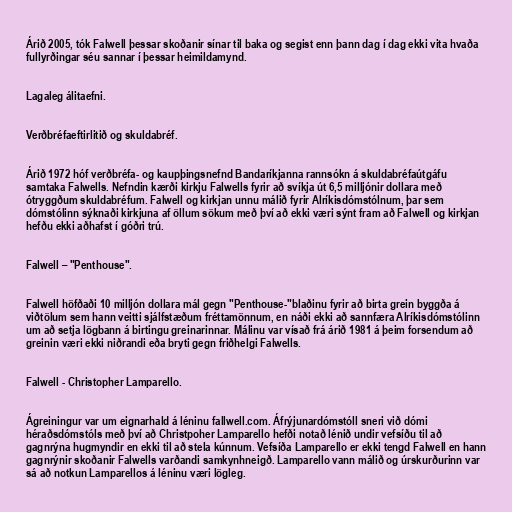
Árið 2005, tók Falwell þessar skoðanir sínar til baka og segist enn þann dag í dag ekki vita hvaða
fullyrðingar séu sannar í þessar heimildamynd.

Lagaleg álitaefni.

Verðbréfaeftirlitið og skuldabréf.

Árið 1972 hóf verðbréfa- og kaupþingsnefnd Bandaríkjanna rannsókn á skuldabréfaútgáfu
samtaka Falwells. Nefndin kærði kirkju Falwells fyrir að svíkja út 6,5 milljónir dollara með
ótryggðum skuldabréfum. Falwell og kirkjan unnu málið fyrir Alríkisdómstólnum, þar sem
dómstólinn sýknaði kirkjuna af öllum sökum með því að ekki væri sýnt fram að Falwell og kirkjan
hefðu ekki aðhafst í góðri trú.

Falwell – "Penthouse".

Falwell höfðaði 10 milljón dollara mál gegn "Penthouse-"blaðinu fyrir að birta grein byggða á
viðtölum sem hann veitti sjálfstæðum fréttamönnum, en náði ekki að sannfæra Alríkisdómstólinn
um að setja lögbann á birtingu greinarinnar. Málinu var vísað frá árið 1981 á þeim forsendum að
greinin væri ekki niðrandi eða bryti gegn friðhelgi Falwells.

Falwell - Christopher Lamparello.

Ágreiningur var um eignarhald á léninu fallwell.com. Áfrýjunardómstóll sneri við dómi
héraðsdómstóls með því að Christpoher Lamparello hefði notað lénið undir vefsíðu til að
gagnrýna hugmyndir en ekki til að stela kúnnum. Vefsíða Lamparello er ekki tengd Falwell en hann
gagnrýnir skoðanir Falwells varðandi samkynhneigð. Lamparello vann málið og úrskurðurinn var
sá að notkun Lamparellos á léninu væri lögleg.